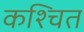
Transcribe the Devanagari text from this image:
कश्चित